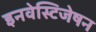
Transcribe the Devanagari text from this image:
इनवेस्टिजेषन